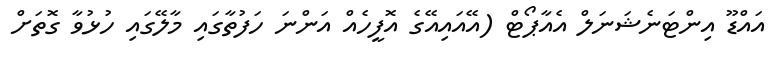
އައްޑޫ އިންޓަނެޝަނަލް އެއާޕޯޓް (އޭއައިއޭގެ އޮފީހެއް އަންނަ ހަފުތާގައި މާލޭގައި ހުޅުވާ ގޮތަށް